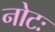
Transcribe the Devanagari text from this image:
नोटः